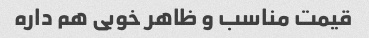
قیمت مناسب و ظاهر خوبی هم داره